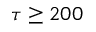
\tau \geq 2 0 0